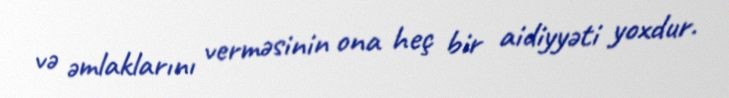
və əmlaklarını verməsinin ona heç bir aidiyyəti yoxdur.